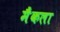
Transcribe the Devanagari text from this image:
मैंकला